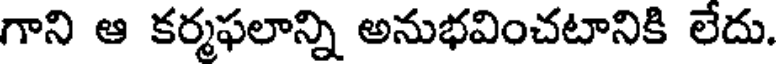
గాని ఆ కర్మఫలాన్ని అనుభవించటానికి లేదు.